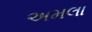
અમલા